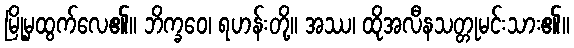
မြို့မှထွက်လေ၏။ ဘိက္ခဝေ၊ ရဟန်းတို့။ အဿ၊ ထိုအလီနသတ္တုမင်းသား၏။